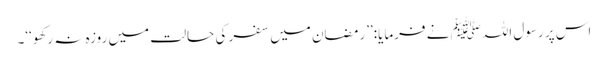
اس پر رسول اللہﷺ نے فرمایا:’’رمضان میں سفر کی حالت میں روزہ نہ رکھو‘‘۔